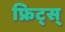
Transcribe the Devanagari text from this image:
फ्रिट्स्